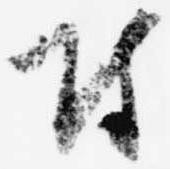
付